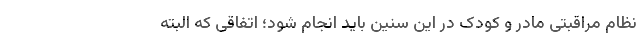
نظام مراقبتی مادر و کودک در این سنین باید انجام شود؛ اتفاقی که البته